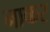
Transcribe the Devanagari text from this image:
नाकर